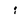
Character: i